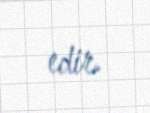
edir.